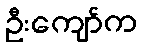
ဦးကျော်က